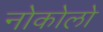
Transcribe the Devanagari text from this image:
नोकोलो